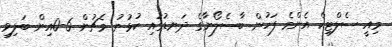
މިއީ ސެލްޓިކް އެންމެ ފަހުން ބާސެލޯނާގެ ދަނޑުގައި ކުޅުނު މެޗުން 6-0އިން ބަލިވި